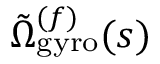
\tilde { \Omega } _ { \mathrm { g y r o } } ^ { ( f ) } ( s )